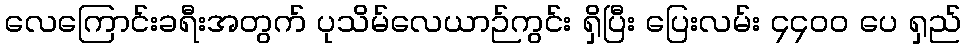
လေကြောင်းခရီးအတွက် ပုသိမ်လေယာဉ်ကွင်း ရှိပြီး ပြေးလမ်း ၄၄၀၀ ပေ ရှည်